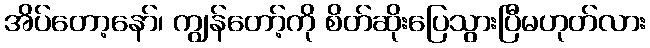
အိပ်တော့နော်၊ ကျွန်တော့်ကို စိတ်ဆိုးပြေသွားပြီမဟုတ်လား